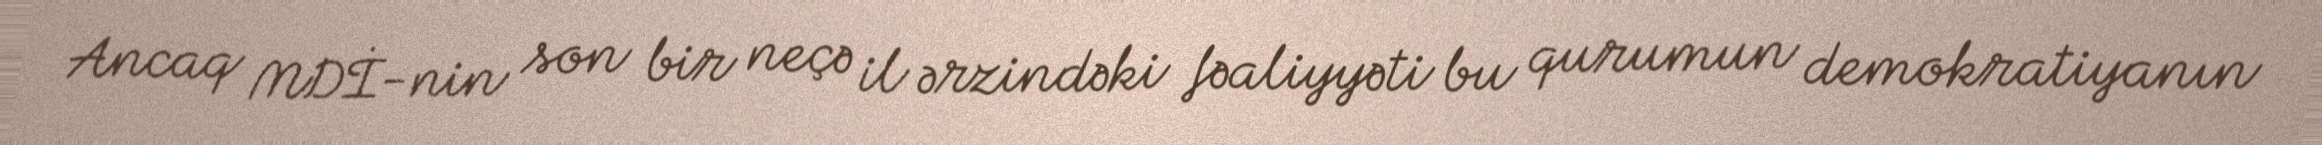
Ancaq MDİ-nin son bir neçə il ərzindəki fəaliyyəti bu qurumun demokratiyanın